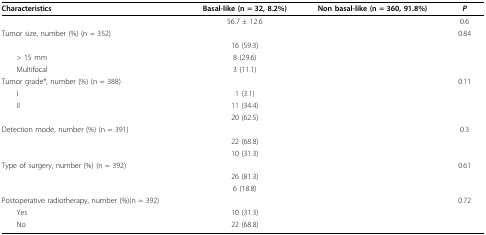
<table><thead><tr><td><b>Characteristics</b></td><td><b>Basal-like (n = 32, 8.2%)</b></td><td><b>Non basal-like (n = 360, 91.8%)</b></td><td><b><i>P</i></b></td></tr></thead><tbody><tr><td>[EMPTY_CELL]</td><td>56.7 ± 12.6</td><td>[EMPTY_CELL]</td><td>0.6</td></tr><tr><td>Tumor size, number (%) (n = 352)</td><td>[EMPTY_CELL]</td><td>[EMPTY_CELL]</td><td>0.84</td></tr><tr><td>[EMPTY_CELL]</td><td>16 (59.3)</td><td>[EMPTY_CELL]</td><td>[EMPTY_CELL]</td></tr><tr><td> &gt; 15 mm</td><td>8 (29.6)</td><td>[EMPTY_CELL]</td><td>[EMPTY_CELL]</td></tr><tr><td> Multifocal</td><td>3 (11.1)</td><td>[EMPTY_CELL]</td><td>[EMPTY_CELL]</td></tr><tr><td>Tumor grade*, number (%) (n = 388)</td><td>[EMPTY_CELL]</td><td>[EMPTY_CELL]</td><td>0.11</td></tr><tr><td> I</td><td>1 (3.1)</td><td>[EMPTY_CELL]</td><td>[EMPTY_CELL]</td></tr><tr><td> II</td><td>11 (34.4)</td><td>[EMPTY_CELL]</td><td>[EMPTY_CELL]</td></tr><tr><td>[EMPTY_CELL]</td><td>20 (62.5)</td><td>[EMPTY_CELL]</td><td>[EMPTY_CELL]</td></tr><tr><td>Detection mode, number (%) (n = 391)</td><td>[EMPTY_CELL]</td><td>[EMPTY_CELL]</td><td>0.3</td></tr><tr><td>[EMPTY_CELL]</td><td>22 (68.8)</td><td>[EMPTY_CELL]</td><td>[EMPTY_CELL]</td></tr><tr><td>[EMPTY_CELL]</td><td>10 (31.3)</td><td>[EMPTY_CELL]</td><td>[EMPTY_CELL]</td></tr><tr><td>Type of surgery, number (%) (n = 392)</td><td>[EMPTY_CELL]</td><td>[EMPTY_CELL]</td><td>0.61</td></tr><tr><td>[EMPTY_CELL]</td><td>26 (81.3)</td><td>[EMPTY_CELL]</td><td>[EMPTY_CELL]</td></tr><tr><td>[EMPTY_CELL]</td><td>6 (18.8)</td><td>[EMPTY_CELL]</td><td>[EMPTY_CELL]</td></tr><tr><td>Postoperative radiotherapy, number (%)(n = 392)</td><td>[EMPTY_CELL]</td><td>[EMPTY_CELL]</td><td>0.72</td></tr><tr><td> Yes</td><td>10 (31.3)</td><td>[EMPTY_CELL]</td><td>[EMPTY_CELL]</td></tr><tr><td> No</td><td>22 (68.8)</td><td>[EMPTY_CELL]</td><td>[EMPTY_CELL]</td></tr></tbody></table>